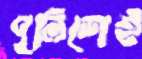
পুলিশেই